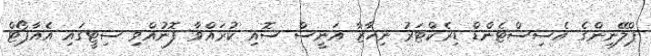
ޕްލޭނިންގެ އެސިސްޓެންޑް ޑިރެކްޓަރު ނިހާޒާ އަނީސް ސޮއި ކުރައްވާ ފޮނުއްވި ސިޓީގައި އެއާޕޯޓް